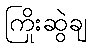
ကြိုးဆွဲချ